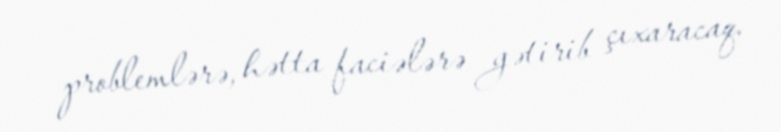
problemlərə, hətta faciələrə gətirib çıxaracaq.